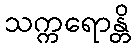
သက္ကရောန္တိ